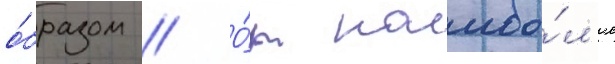
о́бразом // О́т наибо́л'ее